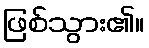
ဖြစ်သွား၏။